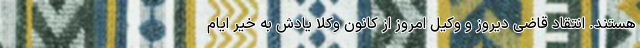
هستند. انتقاد قاضی دیروز و وکیل امروز از کانون وکلا یادش به خیر ایام